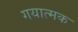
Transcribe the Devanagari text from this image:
गयात्मक